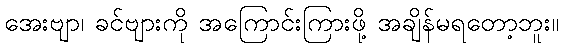
အေးဗျာ၊ ခင်ဗျားကို အကြောင်းကြားဖို့ အချိန်မရတော့ဘူး။